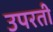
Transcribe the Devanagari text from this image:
उपरती